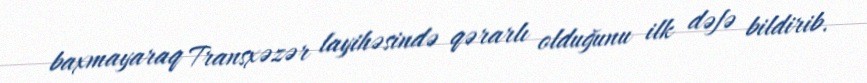
baxmayaraq Transxəzər layihəsində qərarlı olduğunu ilk dəfə bildirib.